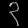
Digit: ၃